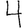
Digit: 4